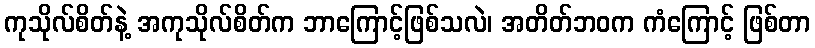
ကုသိုလ်စိတ်နဲ့ အကုသိုလ်စိတ်က ဘာကြောင့်ဖြစ်သလဲ၊ အတိတ်ဘဝက ကံကြောင့် ဖြစ်တာ